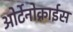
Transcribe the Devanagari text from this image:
ओर्टेनोक्राईस